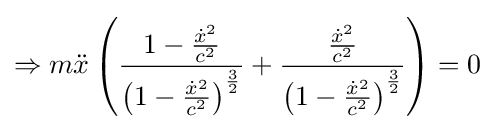
\Rightarrow m{\ddot {x}}\left({\frac {1-{\frac {{\dot {x}}^{2}}{c^{2}}}}{\left(1-{\frac {{\dot {x}}^{2}}{c^{2}}}\right)^{\frac {3}{2}}}}+{\frac {\frac {{\dot {x}}^{2}}{c^{2}}}{\left(1-{\frac {{\dot {x}}^{2}}{c^{2}}}\right)^{\frac {3}{2}}}}\right)=0